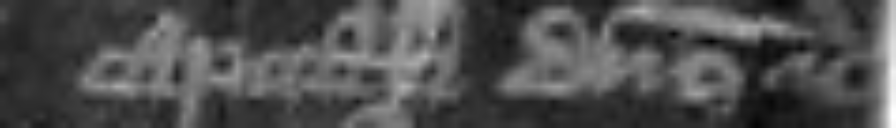
capitali domino etc